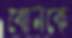
বোনকে